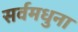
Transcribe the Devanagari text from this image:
सर्वमधुना